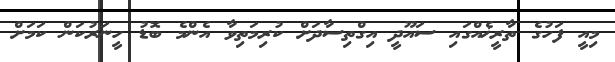
މިއީ ފަހުގެ ތާރީޚެއްގައި ސައޫދީ އިގްތިސާދަށް ކުރިމަތިވާ އެންމެ ބޮޑު ހީނަރުކަން ކަމަށް